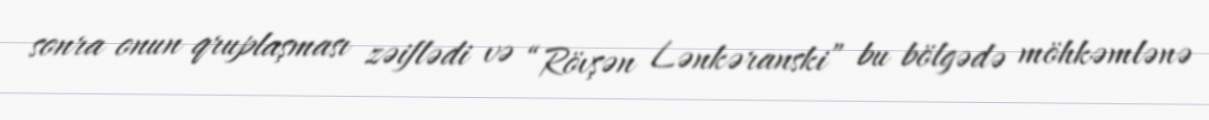
sonra onun qruplaşması zəiflədi və “Rövşən Lənkəranski” bu bölgədə möhkəmlənə